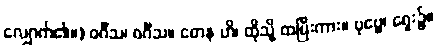
လျှောက်၏။) ဝင်္ဂီသ၊ ဝင်္ဂီသ။ တေန ဟိ၊ ထိုသို့ ထပြီးကား။ ပုဗ္ဗေ၊ ရှေး၌။